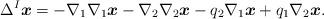
LaTeX: \begin{align*} \Delta ^{I}\boldsymbol{x}= -\nabla_{1}\nabla_{1}\boldsymbol{x}-\nabla_{2}\nabla_{2}\boldsymbol{x}-q_{2}\nabla_{1}\boldsymbol{x}+q_{1}\nabla_{2}\boldsymbol{x}. \end{align*}